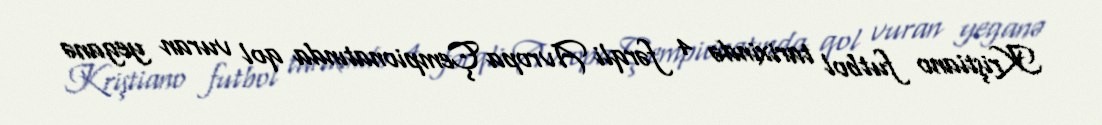
Kriştiano futbol tarixində 4 fərqli Avropa Çempionatında qol vuran yeganə